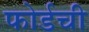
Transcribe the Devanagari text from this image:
फोर्डची